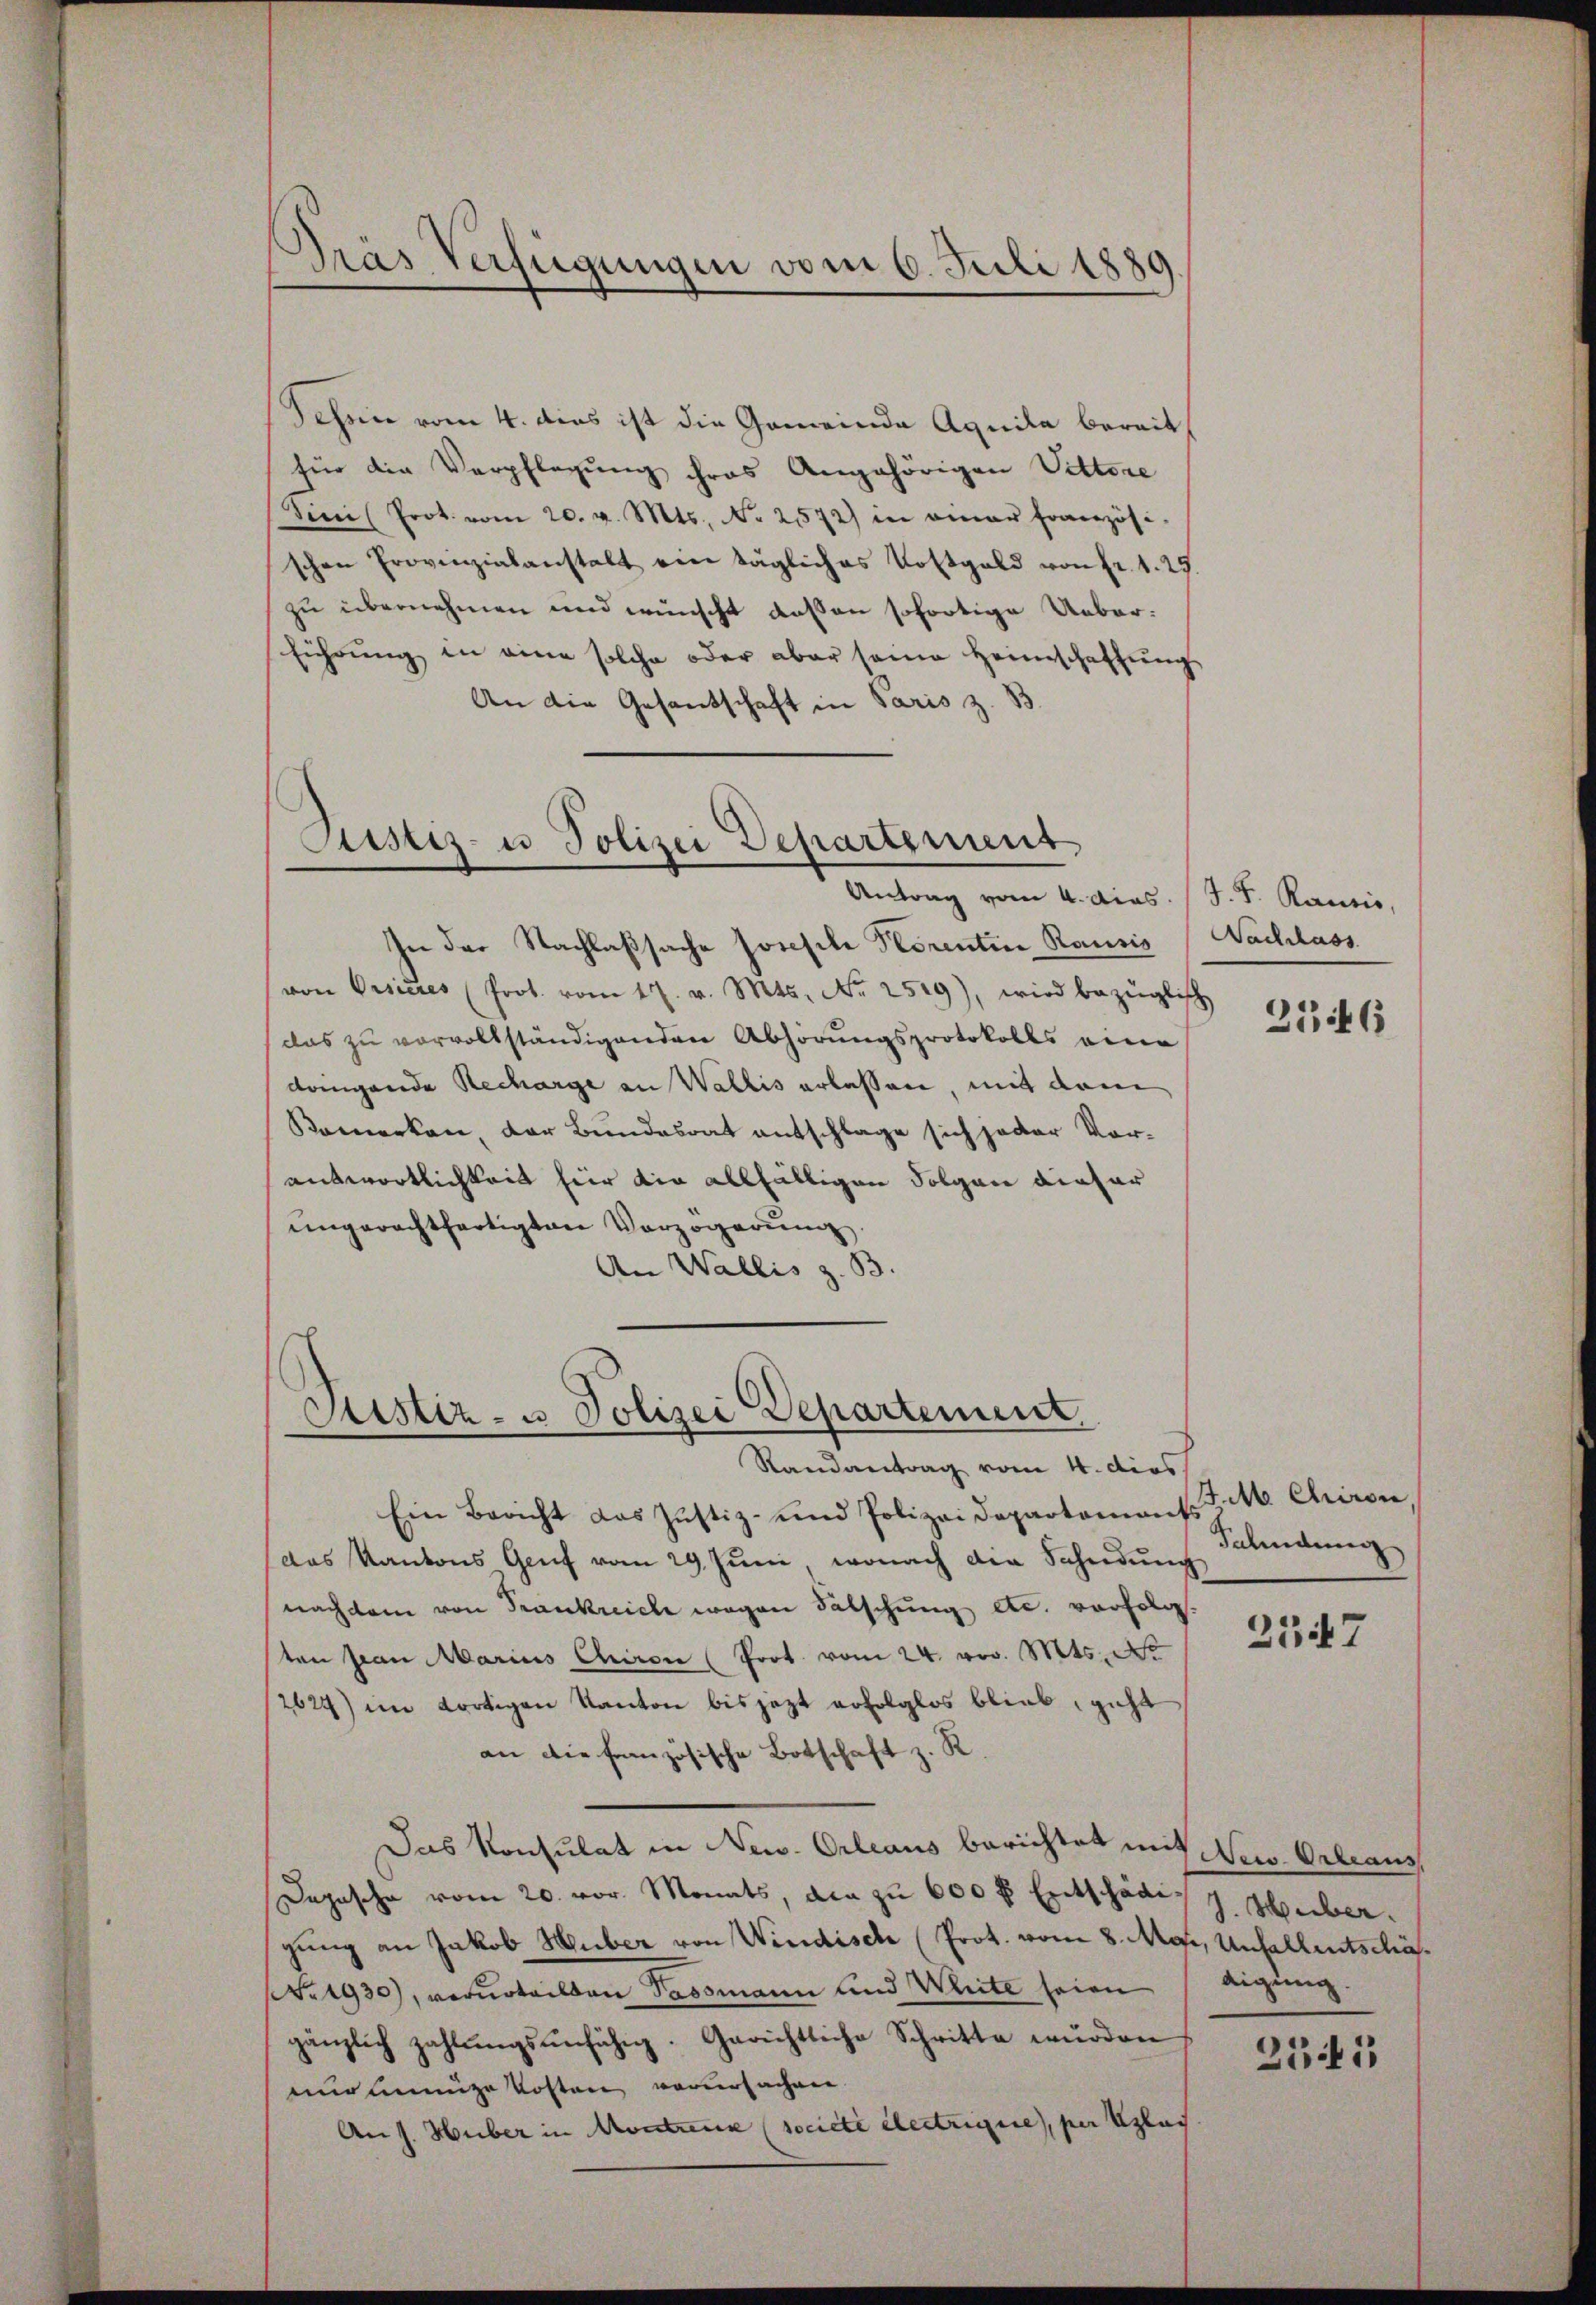
Prás Verfügungen vom 6. Juli 1889.
)

Schen vom 4. dies ist die Gemeinde Aquila bereit
für die Verpflegung ihres Angehörigen Vittore
dini Prot. vom 20. v. Mts. No 2572) in einer französi
schen Provinzialanstalt ein tägliches Kostgeld von Fr. 1. 25.
zu übernehmen und wünscht dessen sofortige Ueberführung in eine solche oder aber seine Heimschaffŭng
An die Gesandschaft in Paris z. B.

Justiz- u Polizei Departement

Sistiz- u Polizei Departement
Randantrag vom 4. dies

Antrag vom 4. dies J. J. Rausis,
In der Nachlaßsache Josefile Florentine Rausis
von Visieres (Prot. vom 17. v. Mts. No 2519), wird bezügliche
(das zu vervollständigenden Abhörungsprotokolls eine
dangende Recharge an Wallis erlassen, mit dem
Bemerken, der Bundesrat entschlage sich jeder Vorantwortlichkeit hier die allfälligen Folgen dieser
ungerechtfertigten Verzögerung
An Wallis z. B.

Ein Bericht das Justiz- und Polizei Departenants
das Kantons Genf vom 29. Juni, wonach die Schndŭng
nachdem von Frankreich wegen Fälschung etc. verfolg.
ten pian Marius Chiron (Prot. vom 24. vor. Mts. d
2624) im dortigen Kanton bis jetzt erfolglos blieb, geht
an die französische Botschaft z. R.
Das Konsulat in New. Orleaus berichtet mit Nerv Orbeaus
Dapasche vom 20. vor. Monats, da zu 600 fl. Entschädig z. Huber.
gung an Jakob Huber von Windisch (Prot. vom 8. Mai, Unfallentschä¬
NNo. 1930), verurteilten Passmann und Weite seien
gänzlich zahlŭngsunfähig. Gerichtliche Schritte würden
ummige Kosten verursachen
An J. Huber in Montreux (société lectrigue, per Klas

Nachlass

2146

.M. Chrison,
Fahndung

2347

digung

2141